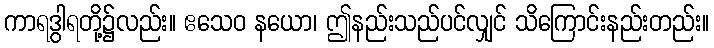
ကာရဒွါရတို့၌လည်း။ ဧသေဝ နယော၊ ဤနည်းသည်ပင်လျှင် သိကြောင်းနည်းတည်း။